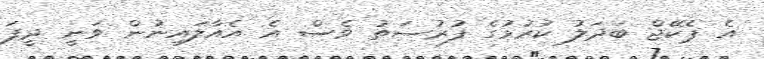
އެ ޕެކޭޖް ބަދަލު ކުރުމުގެ ފުރުސަތު ވެސް އެ އެއާލައިނުން ވަނީ ދީފަ